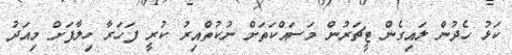
ކަޅު ހެދުން ލައިގެން ޓީޗަރުން މަސައްކަތަށް ނުކުތްއިރު ކުރީ ފަހަރާ ހިލާފަށް މިއަދު